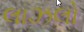
લાઝલો